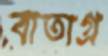
বাতাগ্র